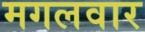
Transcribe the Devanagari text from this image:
मगलवार